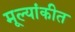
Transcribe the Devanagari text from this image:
मूल्यांकीत